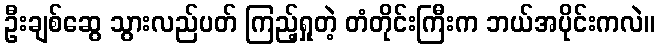
ဦးချစ်ဆွေ သွားလည်ပတ် ကြည့်ရှုတဲ့ တံတိုင်းကြီးက ဘယ်အပိုင်းကလဲ။